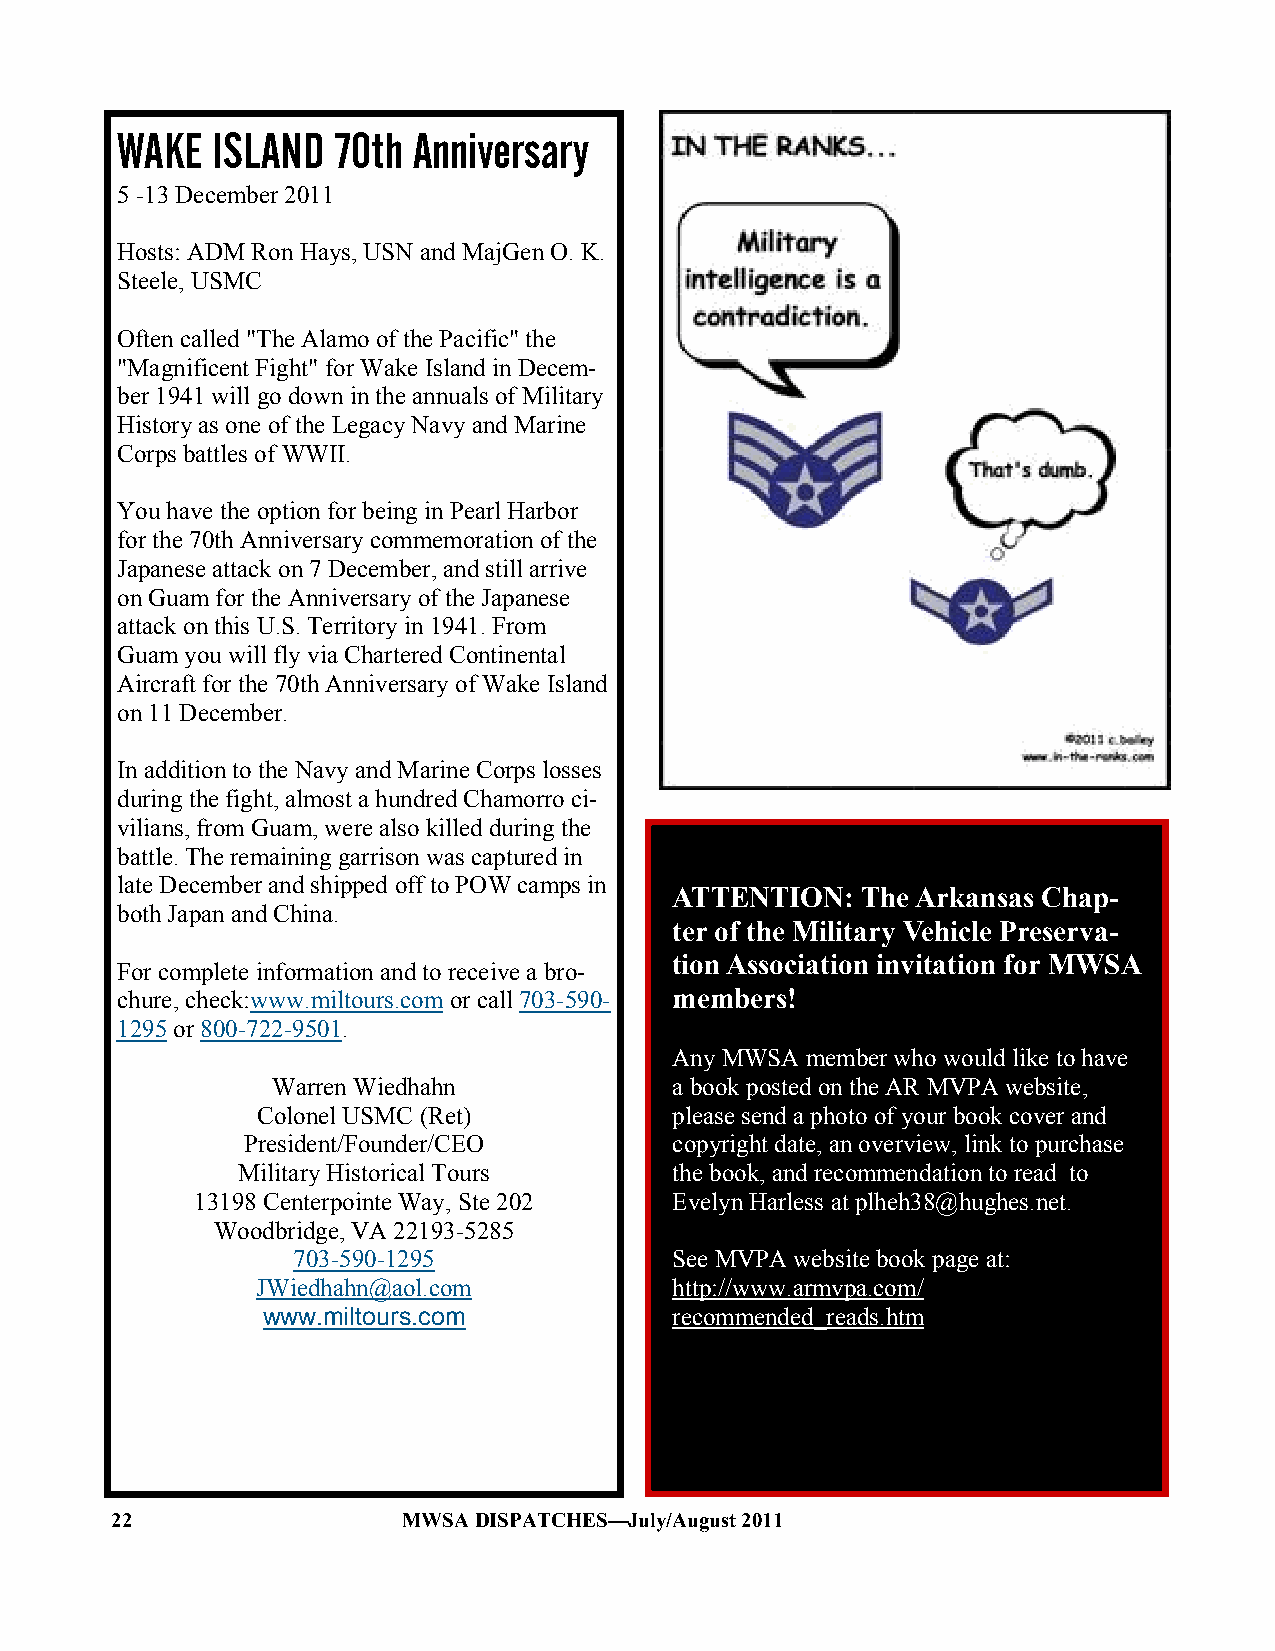
WAKE  ISLAND  70th Anniversary
 5 -13 December 2011
 Hosts: ADM Ron Hays, USN and MajGen O. K.
 Steele, USMC
 Often called "The Alamo of the Pacific" the
 "Magnificent Fight" for Wake Island in Decem-
 ber 1941 will go down in the annuals of Military
 History as one of the Legacy Navy and Marine
 Corps battles of WWII.
 You have the option for being in Pearl Harbor
 for the 70th Anniversary commemoration of the
 Japanese attack on 7 December, and still arrive
 on Guam for the Anniversary of the Japanese
 attack on this U.S. Territory in 1941. From
 Guam you will fly via Chartered Continental
 Aircraft for the 70th Anniversary of Wake Island
 on 11 December.
 In addition to the Navy and Marine Corps losses
 during the fight, almost a hundred Chamorro ci-
 vilians, from Guam, were also killed during the
 battle. The remaining garrison was captured in
 late December and shipped off to POW camps in
 ATTENTION:  The Arkansas Chap-
 both Japan and China.
 ter of the Military Vehicle Preserva-
 tion Association invitation for MWSA
 For complete information and to receive a bro-
 chure, check:www.miltours.com or call 703-590- members!
 1295 or 800-722-9501.
 Any MWSA member who would like to have
 Warren Wiedhahn            a book posted on the AR MVPA website,
 Colonel USMC (Ret)          please send a photo of your book cover and
 President/Founder/CEO        copyright date, an overview, link to purchase
 Military Historical Tours    the book, and recommendation to read to
 13198 Centerpointe Way, Ste 202 Evelyn Harless at plheh38@hughes.net.
 Woodbridge, VA 22193-5285
 703-590-1295              See MVPA website book page at:
 JWiedhahn@aol.com           http://www.armvpa.com/
 www.miltours.com            recommended_reads.htm copy of their book for
 me to read and list.
 22                  MWSA DISPATCHES—July/August 2011